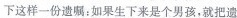
下这样一份遗嘱；如果生下来是个男孩，就把遗